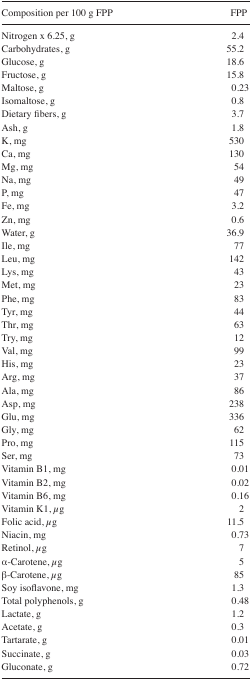
| Composition per 100 g FPP | FPP |
 | --- | --- |
 | Nitrogen × 6.25, g | 2.4 |
 | Carbohydrates, g | 55.2 |
 | Glucose, g | 18.6 |
 | Fructose, g | 15.8 |
 | Maltose, g | 0.23 |
 | Isomaltose, g | 0.8 |
 | Dietary fibers, g | 3.7 |
 | Ash, g | 1.8 |
 | K, mg | 530 |
 | Ca, mg | 130 |
 | Mg, mg | 54 |
 | Na, mg | 49 |
 | P, mg | 47 |
 | Fe, mg | 3.2 |
 | Zn, mg | 0.6 |
 | Water, g | 36.9 |
 | Ile, mg | 77 |
 | Leu, mg | 142 |
 | Lys, mg | 43 |
 | Met, mg | 23 |
 | Phe, mg | 83 |
 | Tyr, mg | 44 |
 | Thr, mg | 63 |
 | Try, mg | 12 |
 | Val, mg | 99 |
 | His, mg | 23 |
 | Arg, mg | 37 |
 | Ala, mg | 86 |
 | Asp, mg | 238 |
 | Glu, mg | 336 |
 | Gly, mg | 62 |
 | Pro, mg | 115 |
 | Ser, mg | 73 |
 | Vitamin B1, mg | 0.01 |
 | Vitamin B2, mg | 0.02 |
 | Vitamin B6, mg | 0.16 |
 | Vitamin K1, μg | 2 |
 | Folic acid, μg | 11.5 |
 | Niacin, mg | 0.73 |
 | Retinol, μg | 7 |
 | α-Carotene, μg | 5 |
 | β-Carotene, μg | 85 |
 | Soy isoflavone, mg | 1.3 |
 | Total polyphenols, g | 0.48 |
 | Lactate, g | 1.2 |
 | Acetate, g | 0.3 |
 | Tartarate, g | 0.01 |
 | Succinate, g | 0.03 |
 | Gluconate, g | 0.72 |